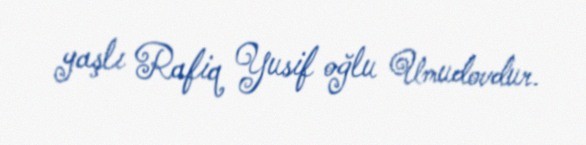
yaşlı Rafiq Yusif oğlu Umudovdur.